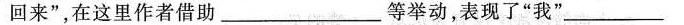
回来”，在这里作者借助___等举动，表现了”我”___